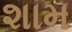
શામ